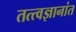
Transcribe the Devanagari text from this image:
तत्त्वज्ञानांत